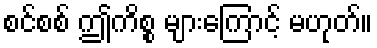
စင်စစ် ဤကိစ္စ များကြောင့် မဟုတ်။